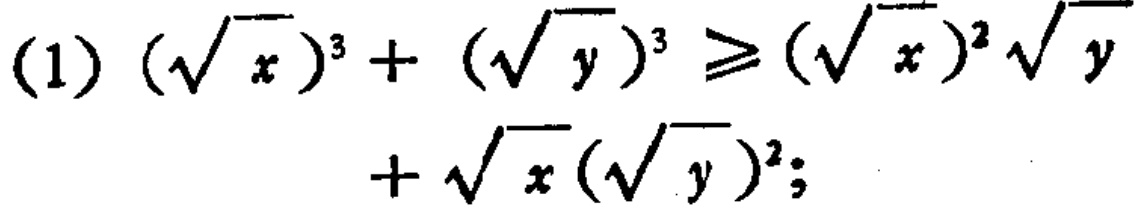
(1) $(\sqrt{x})^{3}+(\sqrt{y})^{3}\geqslant(\sqrt{x})^{2}\sqrt{y}+\sqrt{x}(\sqrt{y})^{2}$;